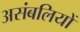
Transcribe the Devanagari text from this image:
असंबलियों